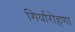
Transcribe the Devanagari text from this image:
गिर्यारोहणा